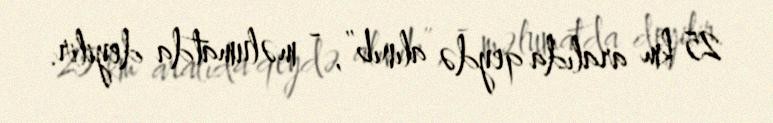
25 km aralıda qeydə alınıb”, - məlumatda deyilir.